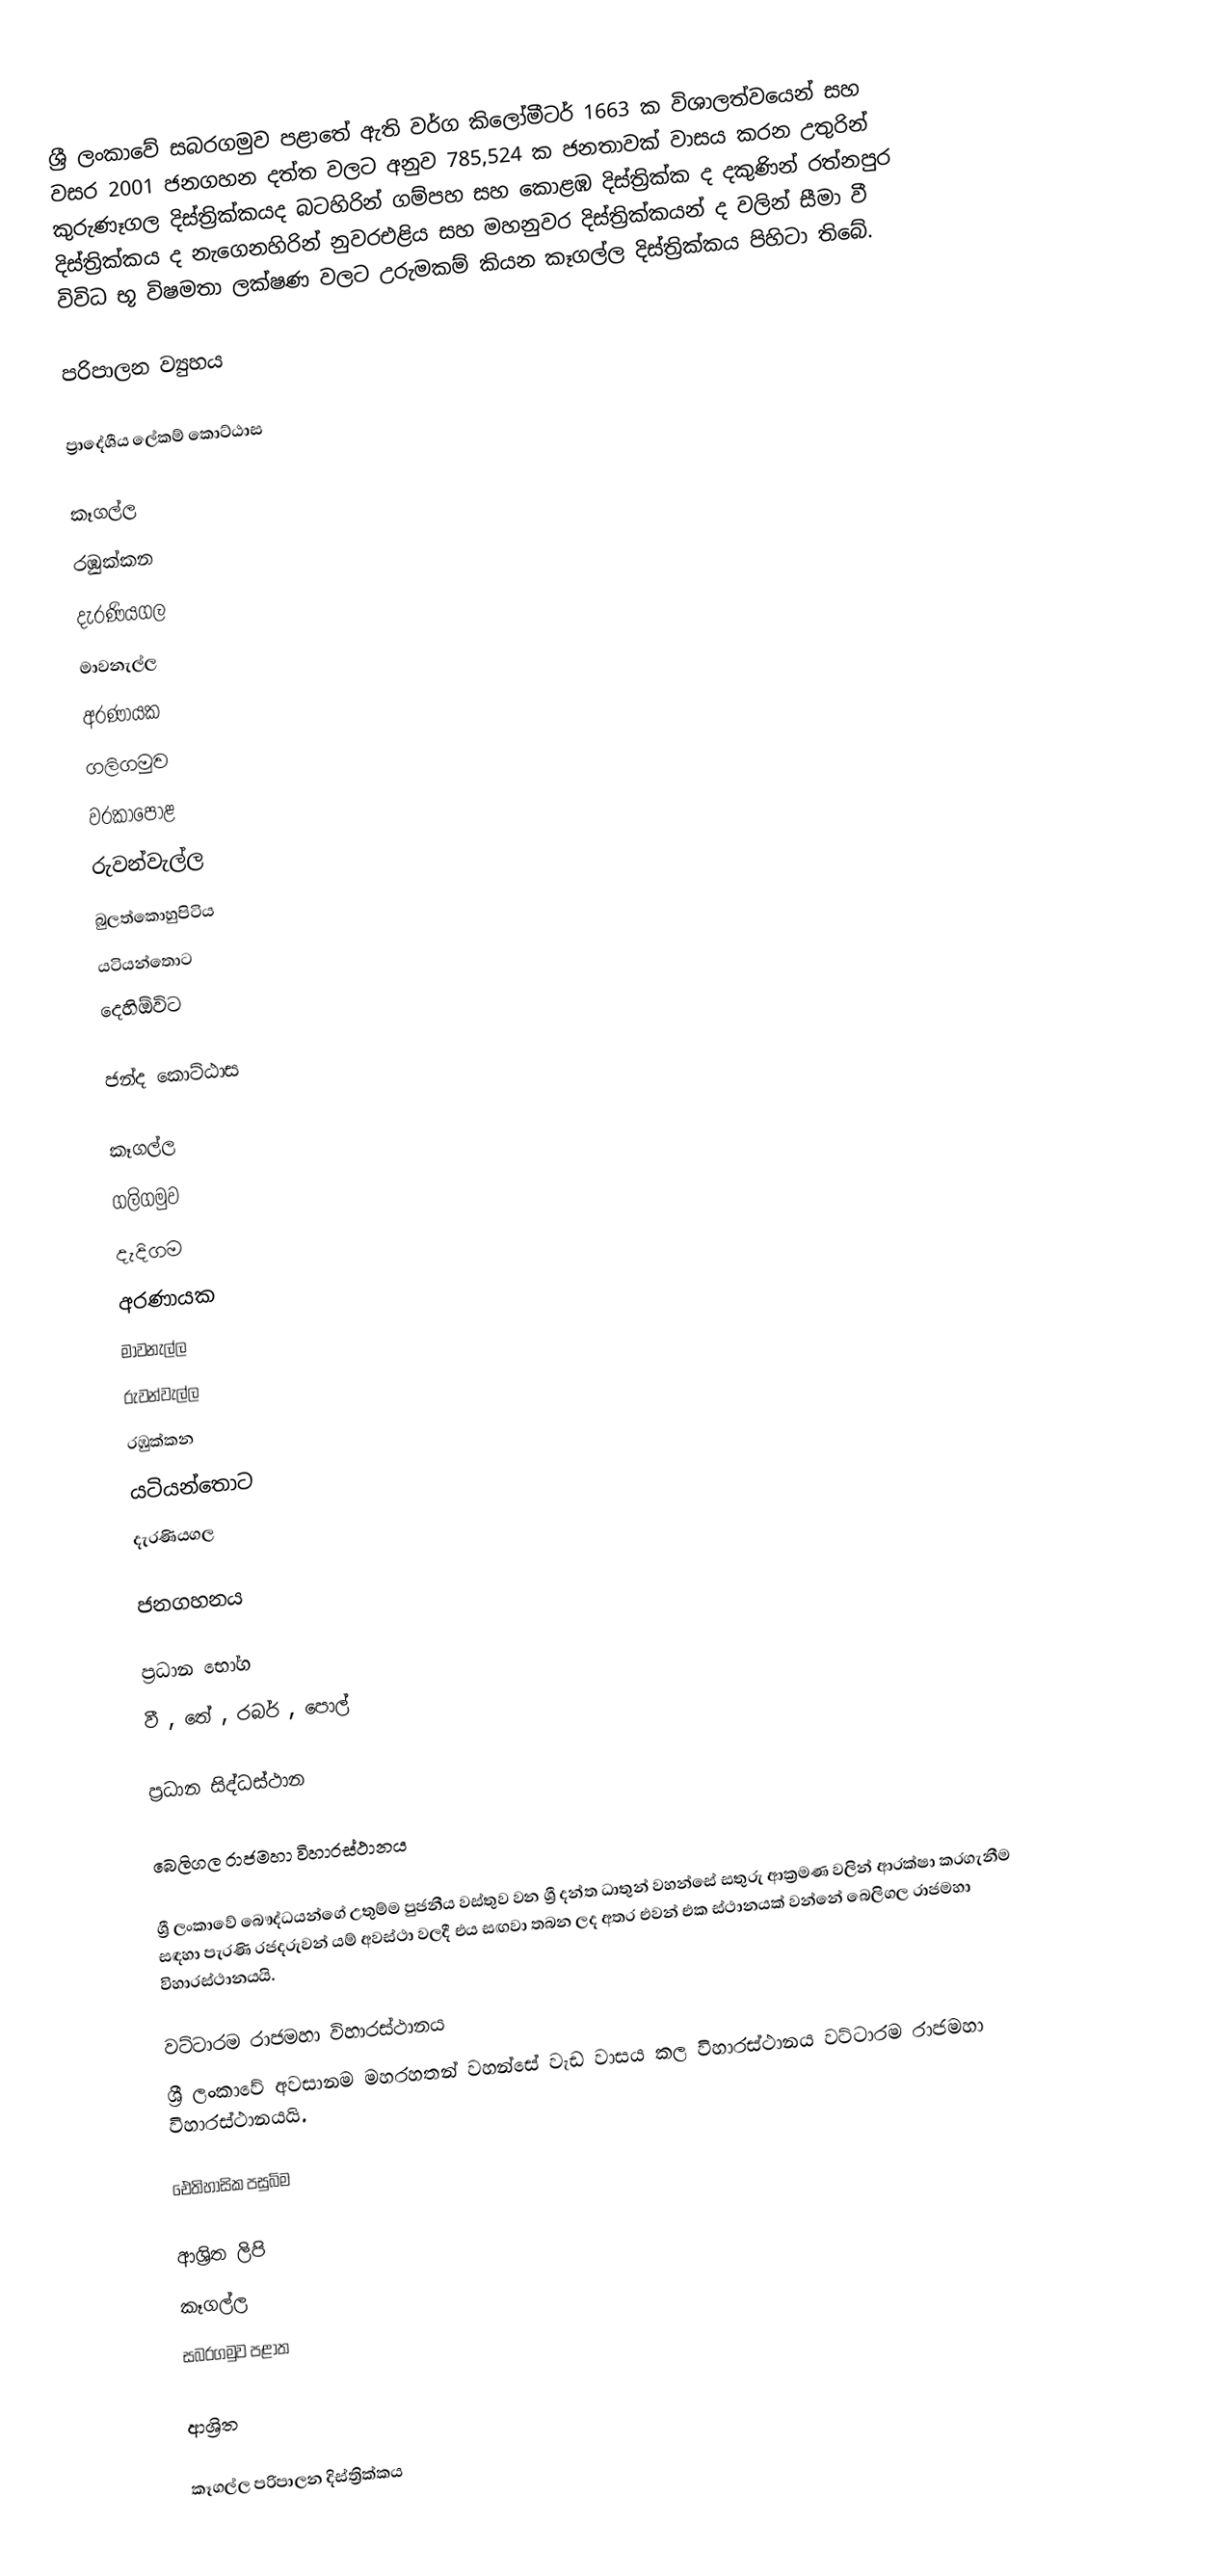
ශ්‍රී ලංකාවේ සබරගමුව පළාතේ ඇති වර්ග කිලෝමීටර් 1663 ක විශාලත්වයෙන් සහ වසර 2001 ජනගහන දත්ත වලට අනුව 785,524 ක ජනතාවක් වාසය කරන උතුරින් කුරුණෑගල දිස්ත්‍රික්කයද බටහිරින් ගම්පහ සහ කොළඹ දිස්ත්‍රික්ක ද දකුණින් රත්නපුර දිස්ත්‍රික්කය ද නැගෙනහිරින් නුවරඑළිය සහ මහනුවර දිස්ත්‍රික්කයන් ද වලින් සීමා වී විවිධ භූ විෂමතා ලක්ෂණ වලට උරුමකම් කියන  කෑගල්ල දිස්ත්‍රික්කය පිහිටා තිබේ.

පරිපාලන ව්‍යුහය

ප්‍රාදේශීය ලේකම් කොට්ඨාස

කෑගල්ල
රඹුක්කන
දැරණියගල
මාවනැල්ල
අරණායක
ගලිගමුව
වරකාපොළ
රුවන්වැල්ල
බුලත්කොහුපිටිය
යටියන්තොට
දෙහිඕවිට

ජන්ද කොට්ඨාස

කෑගල්ල
ගලිගමුව
දැදිගම
අරණායක
මාවනැල්ල
රුවන්වැල්ල
රඹුක්කන
යටියන්තොට
දැරණියගල

ජනගහනය

ප්‍රධාන භෝග
වී  , තේ , රබර් , පොල්

ප්‍රධාන සිද්ධස්ථාන

බෙලිගල රාජමහා විහාරස්ථානය

ශ්‍රී ලංකාවේ බෞද්ධයන්ගේ උතුම්ම පුජනීය වස්තුව වන ශ්‍රී දන්ත ධාතුන් වහන්සේ සතුරු ආක්‍රමණ වලින් ආරක්ෂා කරගැනීම සඳහා පැරණි රජදරුවන් යම් අවස්ථා වලදී එය සඟවා තබන ලද අතර එවන් එක ස්ථානයක් වන්නේ බෙලිගල රාජමහා විහාරස්ථානයයි.

වට්ටාරම රාජමහා විහාරස්ථානය
ශ්‍රී ලංකාවේ අවසානම මහරහතන් වහන්සේ වැඩ වාසය කල විහාරස්ථානය වට්ටාරම රාජමහා විහාරස්ථානයයි.

ඓතිහාසික පසුබිම

ආශ්‍රිත ලිපි
කෑගල්ල
සබරගමුව පළාත

ආශ්‍රිත

කෑගල්ල පරිපාලන දිස්ත්‍රික්කය